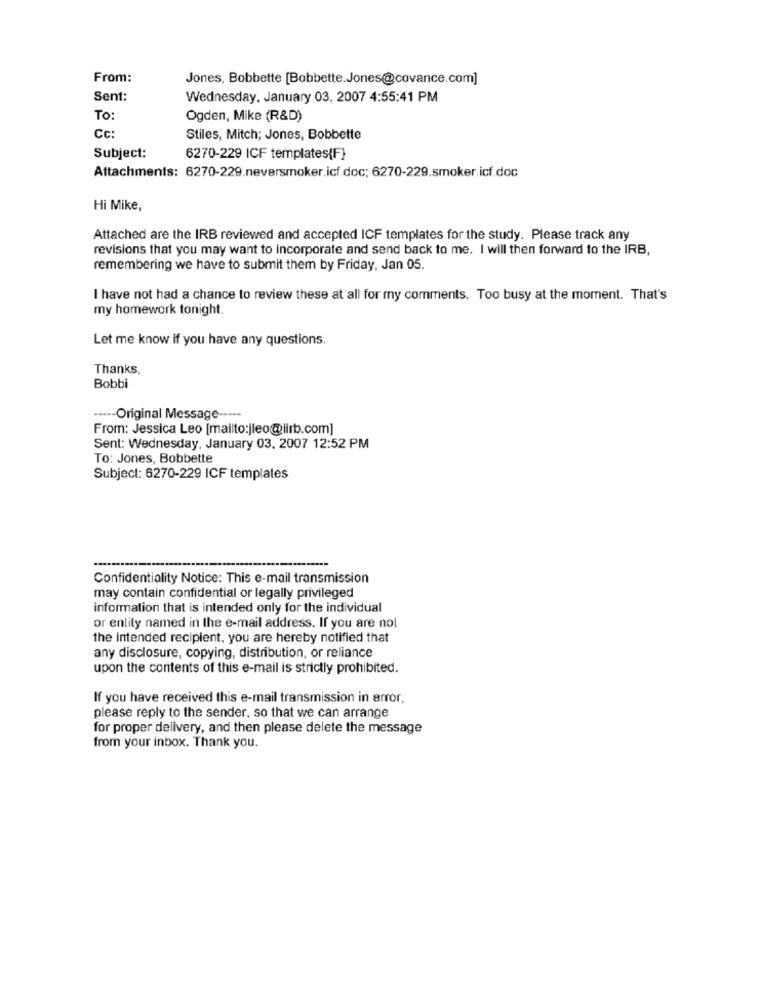
From:
Jones, Bobbette [Bobbette.Jones@covance.com]
Sent:
Wednesday, January 03, 2007 4:55:41 PM
To:
Ogden, Mike (R&D)
Cc:
Stiles, Mitch; Jones, Bobbette
Subject:
6270-229 ICF templates{F}
Attachments: 6270-229.neversmoker.icf.doc; 6270-229.smoker.icf.doc
Hi Mike,
Attached are the IRB reviewed and accepted ICF templates for the study. Please track any
revisions that you may want to Incorporate and send back to me. I will then forward to the IRB,
remembering we have to submit them by Friday, Jan 05.
I have not had a chance to review these at all for my comments. Too busy at the moment. That's
my homework tonight.
Let me know if you have any questions.
Thanks,
Bobbi
----- Original Message -----
From: Jessica Leo [mailto:jleo@lirb.com]
Sent: Wednesday, January 03, 2007 12:52 PM
To: Jones, Bobbette
Subject: 6270-229 ICF templates
Confidentiality Notice: This e-mail transmission
may contain confidential or legally privileged
information that is intended only for the individual
or entity named in the e-mail address. If you are not
the intended recipient, you are hereby notified that
any disclosure, copying, distribution, or reliance
upon the contents of this e-mail is strictly prohibited.
If you have received this e-mail transmission in error,
please reply to the sender, so that we can arrange
for proper delivery, and then please delete the message
from your inbox. Thank you.